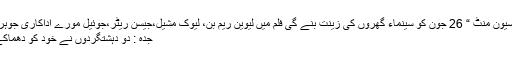
ہالی ووڈ فلم” سیون منٹ “ 26 جون کو سینماء گھروں کی زینت بنے گی فلم میں لیوین ریم بن، لیوک مشیل،جیسن ریٹر،جوئیل مورے اداکاری جوہر دکھائیں گے
جدہ : دو دہشتگردوں نے خود کو دھماکے سے اُڑا لیا۔